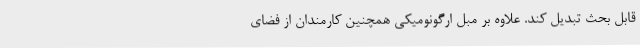
قابل بحث تبدیل کند. علاوه بر مبل ارگونومیکی همچنین کارمندان از فضای